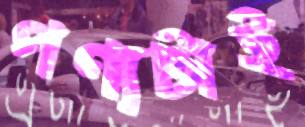
পণ্যটাই